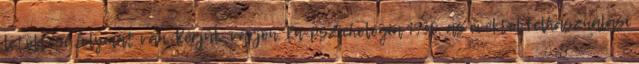
letöltése folymat van. Kérjük, várjon. Én-pszichológia 1930-as évektől Felhasználási